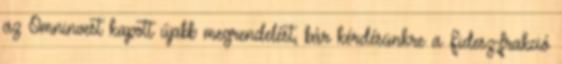
az Omninvest kapott újabb megrendelést, bár kérdésünkre a Fidesz-frakció